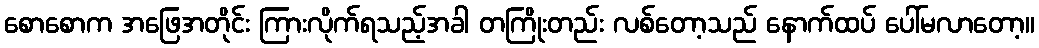
စောစောက အဖြေအတိုင်း ကြားလိုက်ရသည့်အခါ တကြိုးတည်း လစ်တော့သည် နောက်ထပ် ပေါ်မလာတော့။